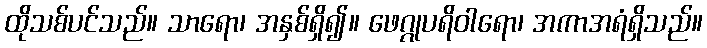
ထိုသစ်ပင်သည်။ သာရော၊ အနှစ်ရှိ၍။ ဖေဂ္ဂုပရိဝါရော၊ အကာအရံရှိသည်။